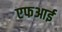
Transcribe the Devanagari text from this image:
एफआई